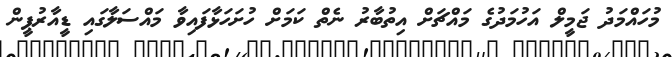
މުހައްމަދު ޖަމީލް އަހުމަދުގެ މައްޗަށް އިތުބާރު ނެތް ކަމަށް ހުށަހަޅާފައިވާ މައްސަލާގައި ޑީއާރުޕީން